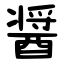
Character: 醤